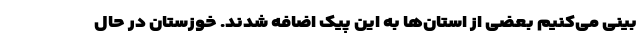
بینی می‌کنیم بعضی از استان‌ها به این پیک اضافه شدند. خوزستان در حال